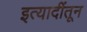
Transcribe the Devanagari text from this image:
इत्यादींतून